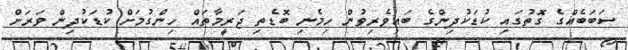
ސަބަބެއްގެ ގޮތުގައި ކުޑަކުދިންގެ ބައިވެރިވުން ހިމެނި ބޮޑެތި ޖަރީމާތައް ހިންގުމަށް ކުޑަކުދިން ވަރަށް